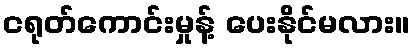
ငရုတ်ကောင်းမှုန့် ပေးနိုင်မလား။